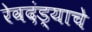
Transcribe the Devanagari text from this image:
रेवदंड्याचे